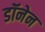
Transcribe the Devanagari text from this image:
डॉनेन